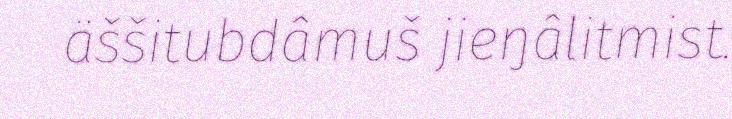
äššitubdâmuš jieŋâlitmist.